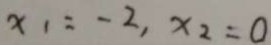
x _ { 1 } = - 2 , x _ { 2 } = 0